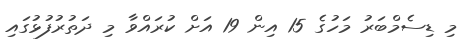
މި ޑިސެމްބަރު މަހުގެ 15 އިން 19 އަށް ކުރައްވާ މި ދަތުރުފުޅުގައި